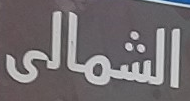
الشمالى